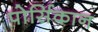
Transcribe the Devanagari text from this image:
पोर्सिकान